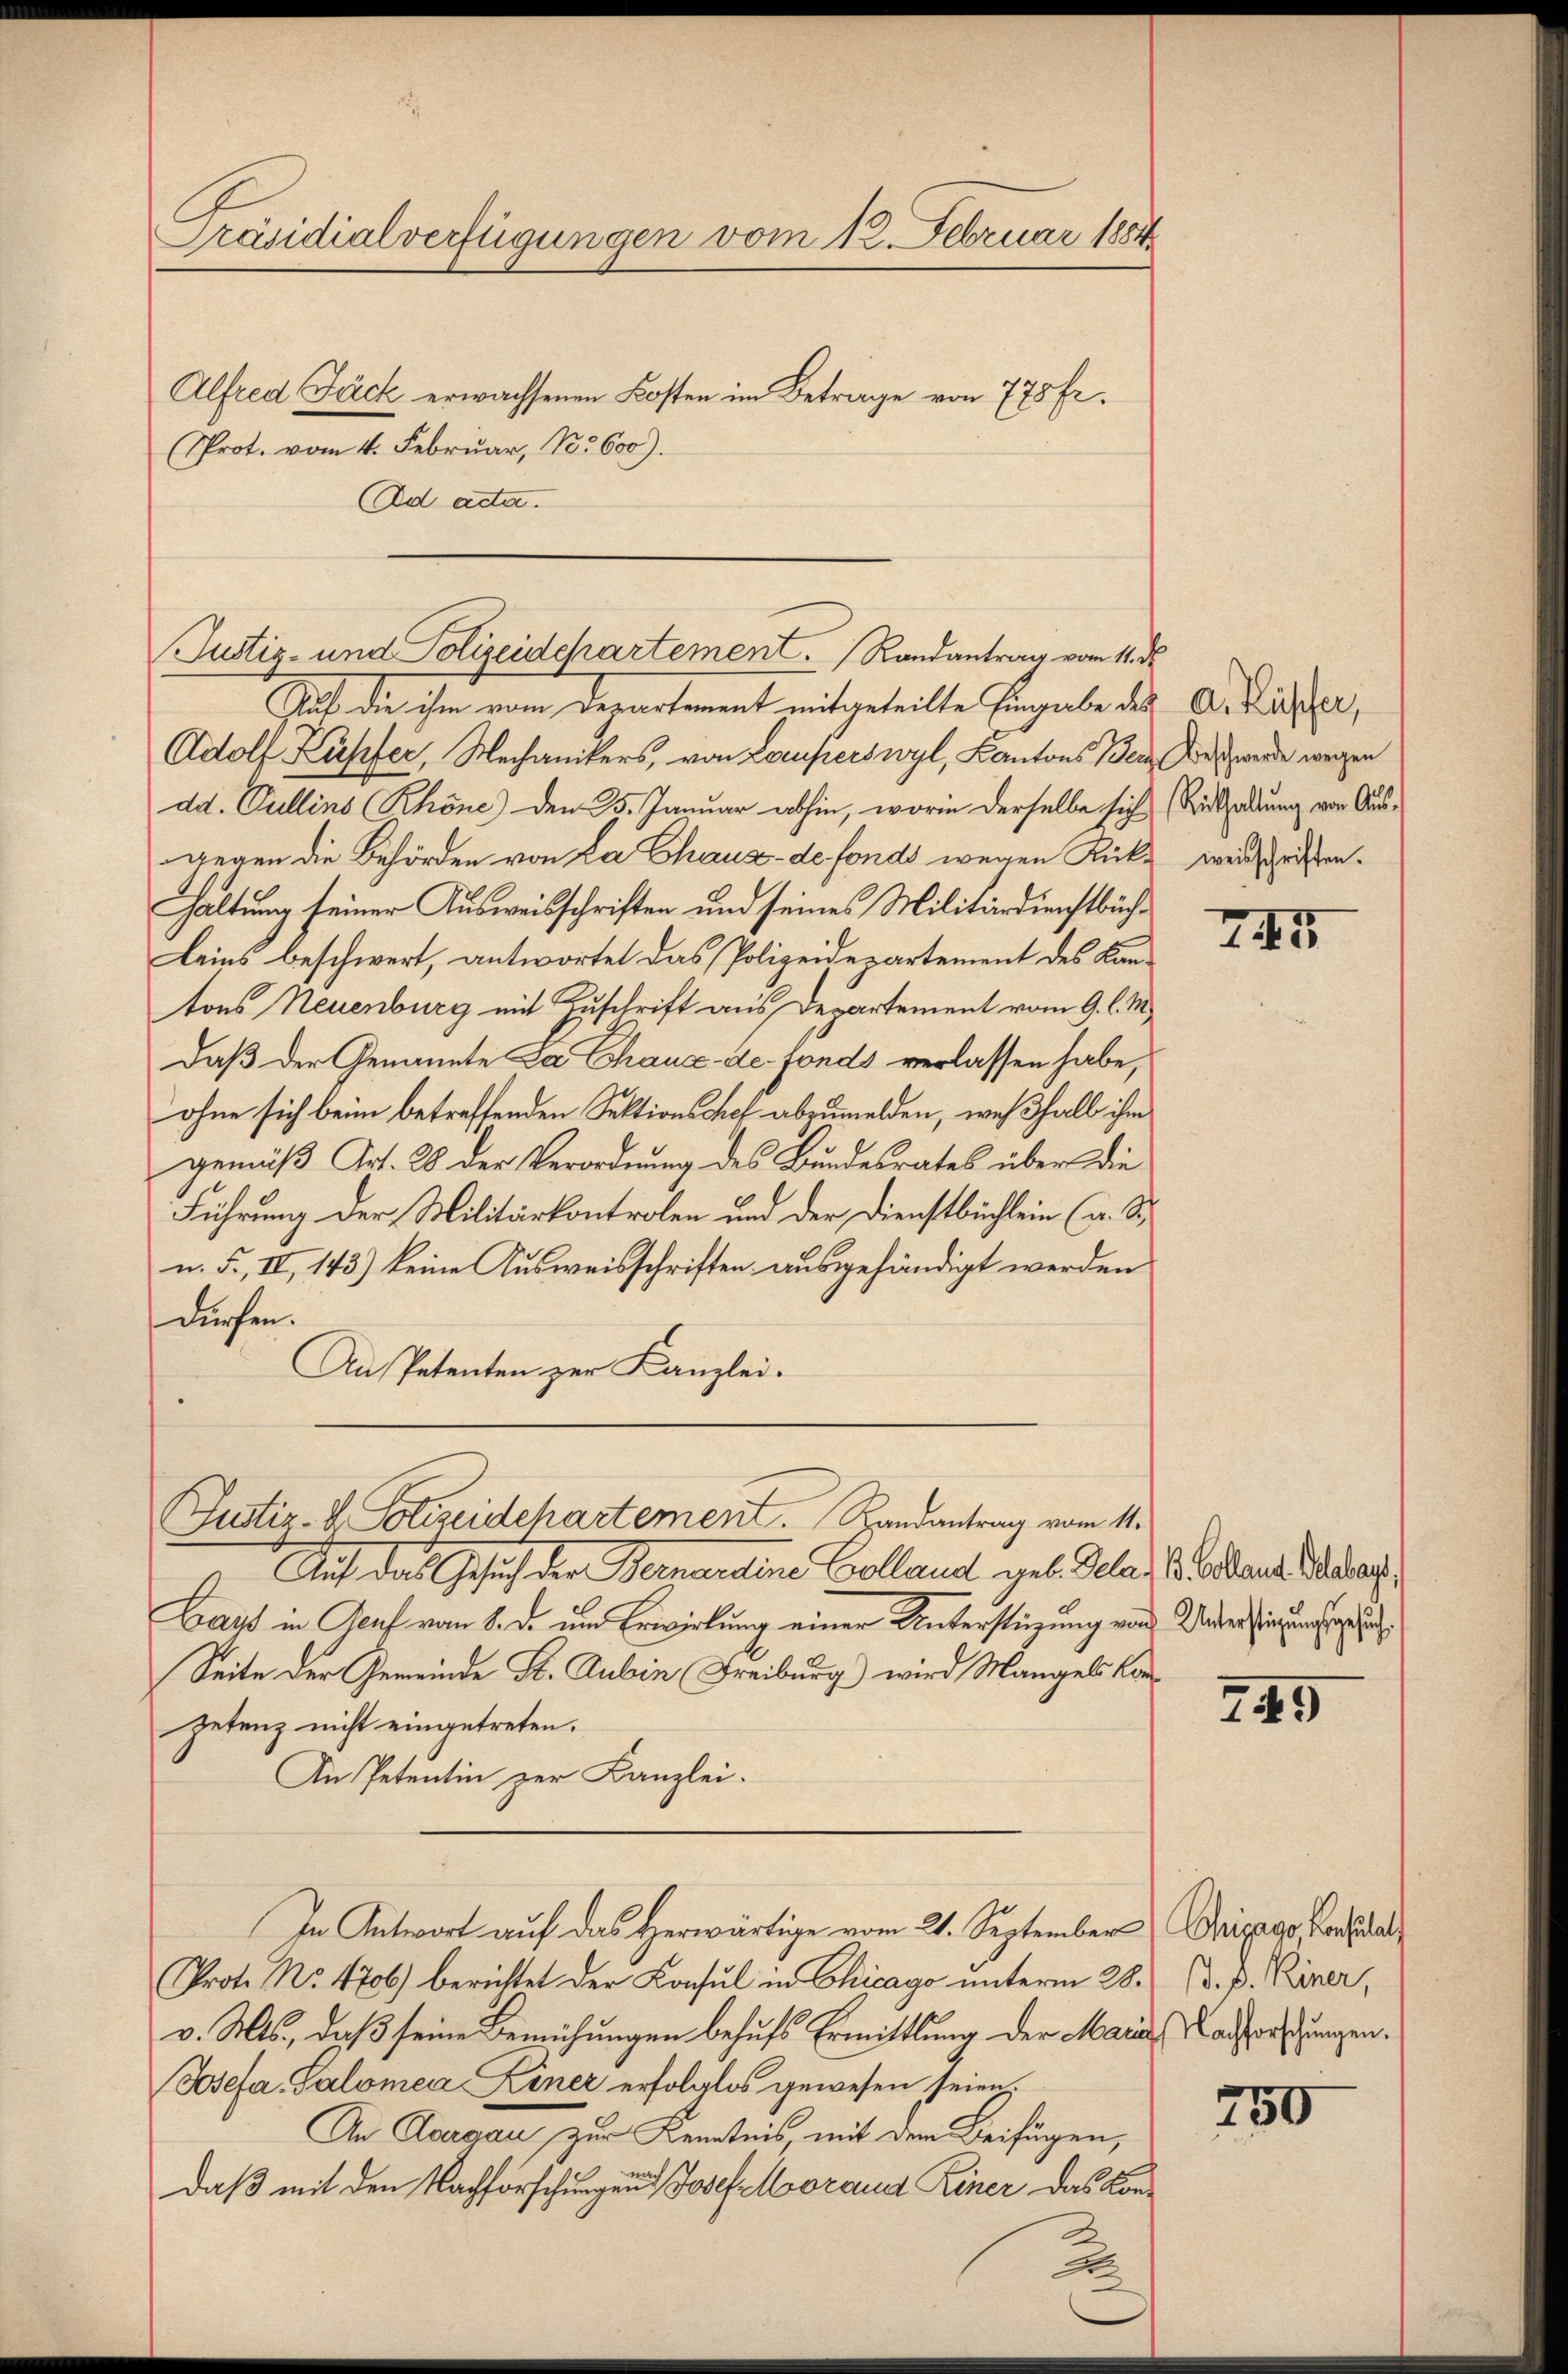
Präsidialverfügungen vom 12. Februar 1884
Alfred Jäck erwachsenen Kosten im Betrage von 775 Fr.
Prot. vom 4. Februar, No 600).
Ad acta.

hat die ihm vom Departement mitgeteilte Eingabe des A. Ritter,
Adolf Kupfer, Mechanikers, von Lauperswyl, Kantons Bern es werde wegen
dd. Gullins Rhone) den 25. Januar abhin, worin derselbe sich Mitthaltung von Ausgegen die Behörden von La Chaus de fonds wegen Ricke weisschristen¬
Haltung seiner Ausweisschriften und seines Militärdienstbuch¬
Leins beschwert, antwortet das Polizeidepartement des Kantons Neuenburg mit Zuschrift aus Departement vom 9. l. M.
daß der Genannte da Chaux-de-Fonds verlassen habe,
ohne sich beim betreffenden Sektionsshof abzumelden, weßhalb ihm
gemäß Art. 28 der Verordnung des Bundesrates über die
Führung der Militärkontrolen und der Dienstbüchlein (a. Si
u. F., IV, 143) keine Ausweisschriften ausgehändigt werden
dürfen.
An Petenten zur Kanzlei.
Justiz- & Polizeidchartement. Handantrag vom 11.
Auf das Gesuch der Bernandtene Colland geb. Gela, Gallens der
Gay in Aeuf vom 1. d. um Erwirkung einer Unterstüzung von Unter singung ersu¬
Seite der Gemeinde St. Gubin Freiburg) wird Mangels Konzetenz nicht eingetreten.
An Petentin zur Kanzlei.
In Antwort auf das Herwärtige vom 21. September Seizago, Konsta
Prot. No. 1706) berichtet der Konsul in Chicago unterm 28. d. P. Keiner,
v. Mts., daß seine Bemühungen behufs Ermittlung der Marie Nachforschungen.
Josefa Salomea Liner erfolglos gewesen seien.
An Aargau zur Kenntnis, mit dem Beifügen,
daß mit den Nachforschungen Josef Moraus Riner das Kon¬

Justiz- und Polizeidepartement. Randantrag vom 11. d.

2

745

749

750